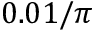
0 . 0 1 / \pi